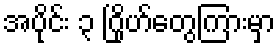
အပိုင်း ၃ ဂြိုဟ်တွေကြားမှာ